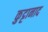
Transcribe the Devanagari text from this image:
कुट्टानाद